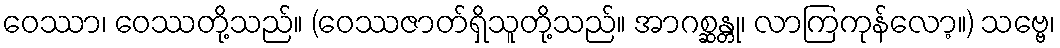
ဝေဿာ၊ ဝေဿတို့သည်။ (ဝေဿဇာတ်ရှိသူတို့သည်။ အာဂစ္ဆန္တု၊ လာကြကုန်လော့။) သဗ္ဗေ၊